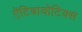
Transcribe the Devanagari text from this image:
ऐंटिबायोटिक्स